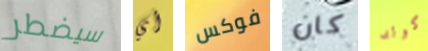
سيضطر أي فوكس كان كولد